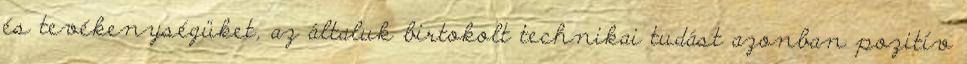
és tevékenységüket, az általuk birtokolt technikai tudást azonban pozitív